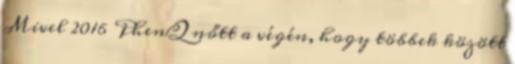
Mivel 2016 PhenQ nőtt a végén, hogy többek között